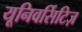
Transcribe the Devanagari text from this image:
यूनिवर्सिटिज़